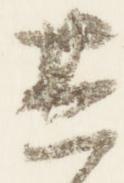
其